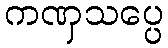
ကဏှသပ္ပေ